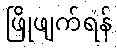
ဖြိုဖျက်ရန်